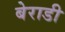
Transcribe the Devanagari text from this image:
बेराडी